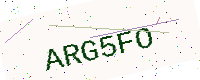
Text: ARG5FO